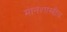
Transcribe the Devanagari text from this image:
मानशास्त्रीय